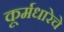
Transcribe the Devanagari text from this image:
कूर्मधारेचे